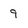
Character: 9